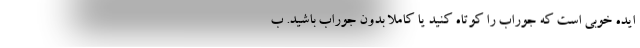
ایده خوبی است که جوراب را کوتاه کنید یا کاملا بدون جوراب باشید. ب